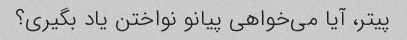
پیتر، آیا می‌خواهی پیانو نواختن یاد بگیری؟